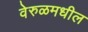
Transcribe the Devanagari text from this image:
वेरुळमधील